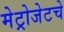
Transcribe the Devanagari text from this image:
मेट्रोजेटचे